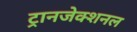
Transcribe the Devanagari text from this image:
ट्रानजेक्शनल